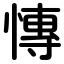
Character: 慱